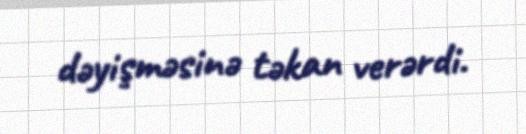
dəyişməsinə təkan verərdi.